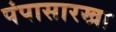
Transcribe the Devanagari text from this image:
पंपासारखा